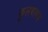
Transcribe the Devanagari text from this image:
फुलवायच